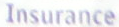
Insurance